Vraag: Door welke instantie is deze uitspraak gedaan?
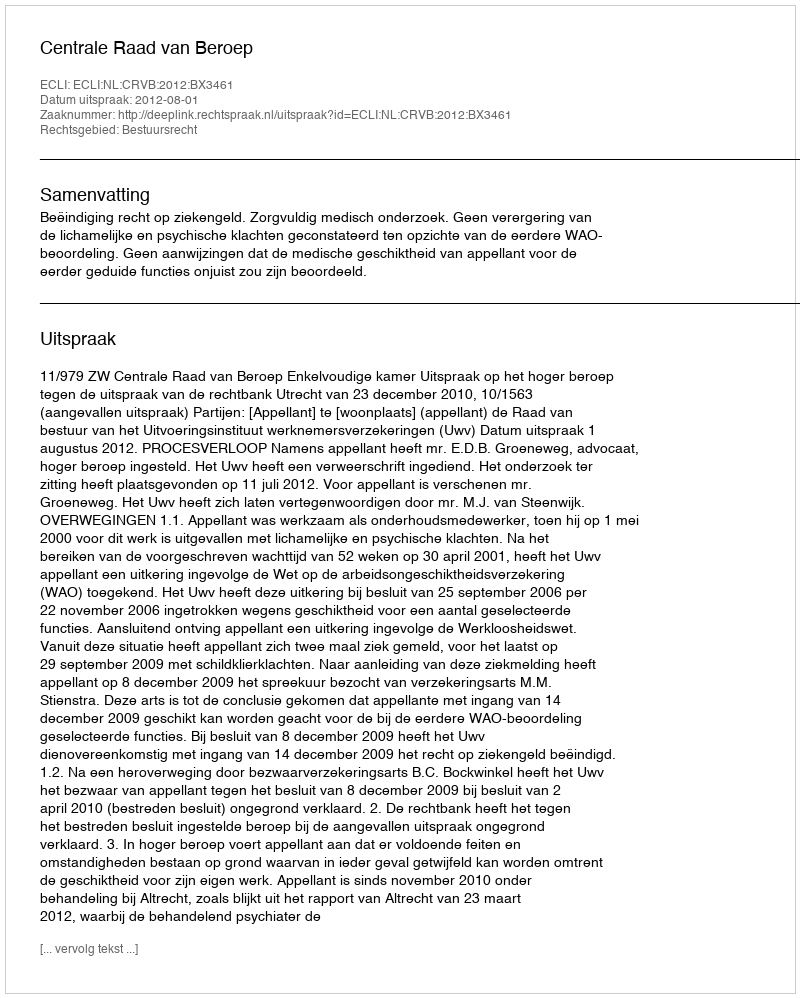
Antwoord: Centrale Raad van Beroep